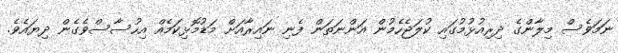
ނަމަވެސް މިލާންގެ ދިރިއުޅުމުގައި ކުލަޖެހެމުން އަންނަތަން ފެނި ނައިރާއަށް މަޑުމޮޅިކަމެއް އިހުސާސްވެގެން ދިޔައެވެ.